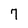
Character: 7